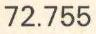
72.755